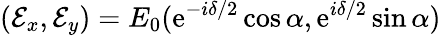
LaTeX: ({\mathcal E}_{x},{\mathcal E}_{y})=E_{0}(\mathrm{e}^{-i\delta/2}\cos\alpha,\mathrm{e}^{i\delta/2}\sin\alpha)